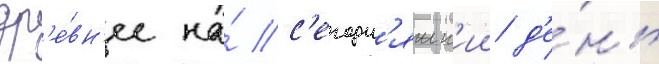
др'е́вн'ее на́ с'егодн'яшн'ии д'е́нь